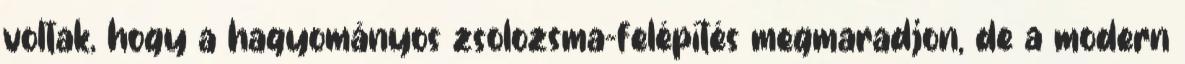
voltak, hogy a hagyományos zsolozsma-felépítés megmaradjon, de a modern